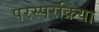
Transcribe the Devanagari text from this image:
परस्परक्रिया